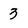
Character: 3